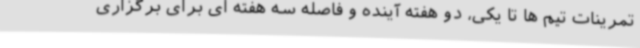
تمرینات تیم ها تا یکی، دو هفته آینده و فاصله سه هفته ای برای برگزاری